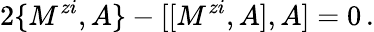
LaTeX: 2\{ M^{zi},A\} -[[M^{zi},A],A]=0\, .